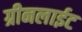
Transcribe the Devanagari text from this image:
ग्रीनलाईट